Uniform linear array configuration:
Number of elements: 8
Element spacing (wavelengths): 0.5
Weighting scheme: blackman
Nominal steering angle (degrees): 60
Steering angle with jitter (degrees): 59.619
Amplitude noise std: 0.05
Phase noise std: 0.05

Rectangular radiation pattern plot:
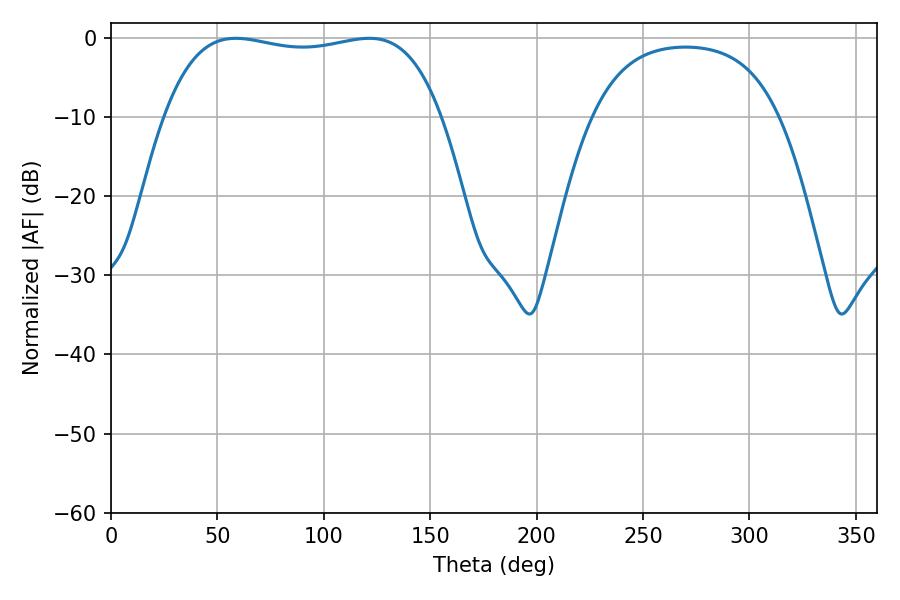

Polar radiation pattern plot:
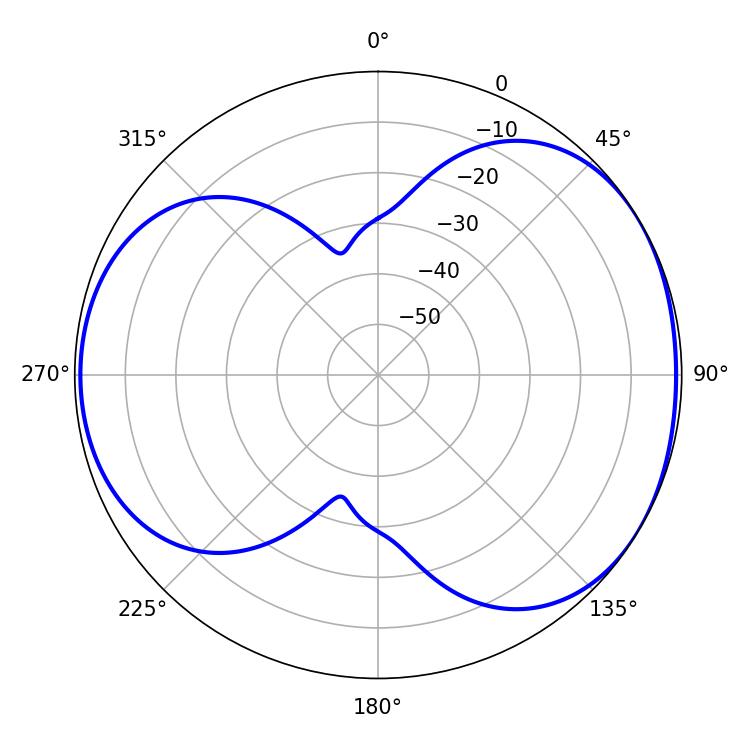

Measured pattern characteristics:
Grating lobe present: FALSE
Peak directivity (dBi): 4.648
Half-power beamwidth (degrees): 104.4
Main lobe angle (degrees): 58.68